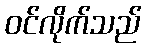
ဝင်လိုက်သည်